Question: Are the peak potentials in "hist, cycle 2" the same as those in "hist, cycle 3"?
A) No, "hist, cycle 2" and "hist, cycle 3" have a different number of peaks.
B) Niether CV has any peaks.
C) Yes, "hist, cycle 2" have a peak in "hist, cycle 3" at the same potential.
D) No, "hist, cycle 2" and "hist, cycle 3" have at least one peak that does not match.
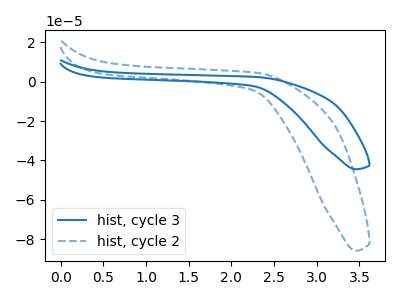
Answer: <think>The blue curve "hist, cycle 3" has no peaks. The blue dashed curve "hist, cycle 2" has no peaks.</think>
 <answer>B) Niether CV has any peaks.</answer>
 <eval>B</eval>